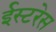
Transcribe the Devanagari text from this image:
ईस्टरेस